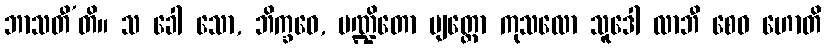
ဘာသတီ’တိ။ သ ခေါ သော, ဘိက္ခဝေ, ပဏ္ဍိတော ဗျတ္တော ကုသလော သူဒေါ လာဘီ စေဝ ဟောတိ